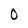
Character: 0